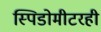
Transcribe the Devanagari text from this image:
स्पिडोमीटरही